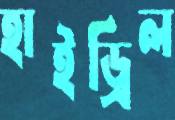
হাইড্রিল